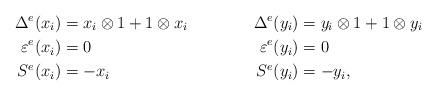
LaTeX: \begin{align*}\Delta^e(x_i)&=x_i\otimes 1+1\otimes x_i& \Delta^e(y_i)&=y_i\otimes 1+1\otimes y_i\\\varepsilon^e(x_i)&=0 & \varepsilon^e(y_i)&=0\\S^e(x_i)&=-x_i & S^e(y_i)&=-y_i,\end{align*}